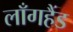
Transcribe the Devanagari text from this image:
लाँगहैंड